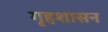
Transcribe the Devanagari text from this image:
गृहशासन